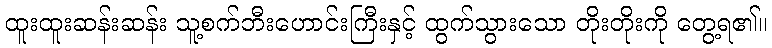
ထူးထူးဆန်းဆန်း သူ့စက်ဘီးဟောင်းကြီးနှင့် ထွက်သွားသော တိုးတိုးကို တွေ့ရ၏။